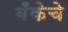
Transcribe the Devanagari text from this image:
बँकेचे